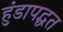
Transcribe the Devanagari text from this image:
हुंडापद्धत